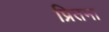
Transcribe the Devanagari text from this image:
प्रितमा